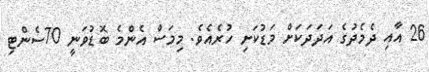
26 އާއި ދެމެދުގެ އަދަދަަކަށް މަޑުކަށި ހުރެއެވެ. މިމަސް އެންމެ ބޮޑުވަނީ 70ސެންޓި